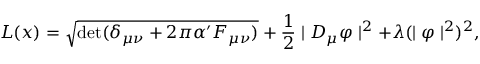
{ \cal L } ( x ) = \sqrt { \mathrm { d e t } ( \delta _ { \mu \nu } + 2 \pi \alpha ^ { \prime } F _ { \mu \nu } ) } + \frac { 1 } { 2 } \mid D _ { \mu } \varphi \mid ^ { 2 } + \lambda ( \mid \varphi \mid ^ { 2 } ) ^ { 2 } ,